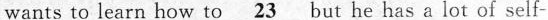
wants to learn how to \underline{23} but he has a lot of self-